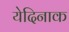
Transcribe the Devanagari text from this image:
येदिनाक